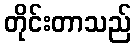
တိုင်းတာသည်